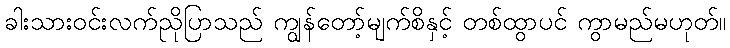
ခါးသားဝင်းလက်ညိုပြာသည် ကျွန်တော့်မျက်စိနှင့် တစ်ထွာပင် ကွာမည်မဟုတ်။